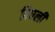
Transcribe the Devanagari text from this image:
पिघलीं